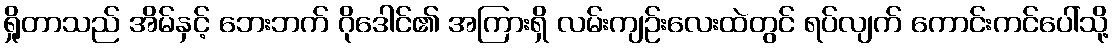
ရှိုတာသည် အိမ်နှင့် ဘေးဘက် ဂိုဒေါင်၏ အကြားရှိ လမ်းကျဉ်းလေးထဲတွင် ရပ်လျက် ကောင်းကင်ပေါ်သို့